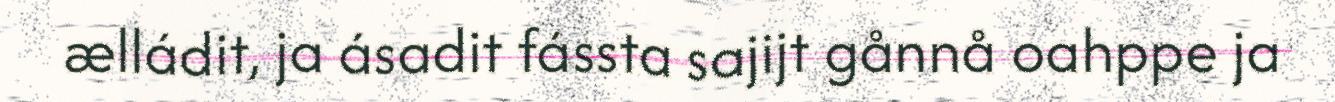
ælládit, ja ásadit fássta sajijt gånnå oahppe ja